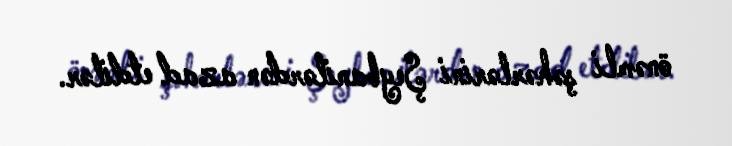
önəmli şəhərlərini Şeybanilərdən azad etdilər.